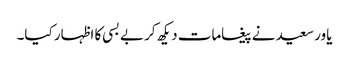
یاور سعید نے پیغامات دیکھ کر بے بسی کا اظہار کیا۔